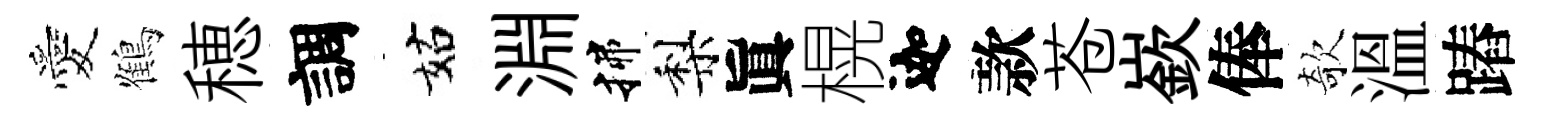
愛鶴穂調姑淵揲梨眞榥迦款苍嶔俸欹溫蹖